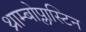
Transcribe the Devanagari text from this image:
थ्राम्बोप्लास्टिन